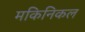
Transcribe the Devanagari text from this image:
मकिनिकल